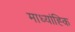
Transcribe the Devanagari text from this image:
माध्यांह्कि